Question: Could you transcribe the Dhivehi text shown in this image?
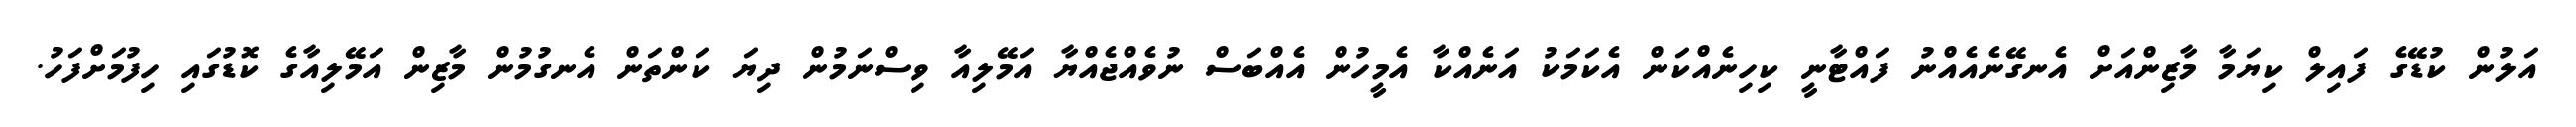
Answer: އަލުން ކުޑޭގެ ފައިލް ކިޔަމާ މާޒިންއަށް އެނގޭނެއެއްނު ފައްޓާނީ ކިހިނެއްކަން އެކަމަކު އަނެއްކާ އެމީހުން އެއްބަސް ނުވެއްޖެއްޔާ އަމޭލިއާ ވިސްނަމުން ދިޔަ ކަންތަން އެނގުމުން މާޒިން އަމޭލިއާގެ ކޮޑުގައި ހިފުމަށްފަހު.